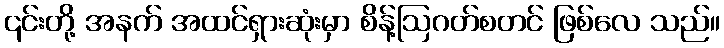
၎င်းတို့ အနက် အထင်ရှားဆုံးမှာ စိန့်ဩဂတ်စတင် ဖြစ်လေ သည်။